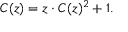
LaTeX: C ( z ) = z \cdot C ( z ) ^ { 2 } + 1 .